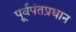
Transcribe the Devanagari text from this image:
पूर्वपंतप्रधान